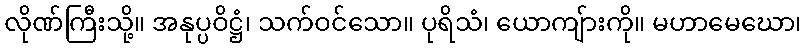
လိုဏ်ကြီးသို့။ အနုပ္ပဝိဋ္ဌံ၊ သက်ဝင်သော။ ပုရိသံ၊ ယောကျ်ားကို။ မဟာမေဃော၊